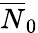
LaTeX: \overline{{N}}_{0}